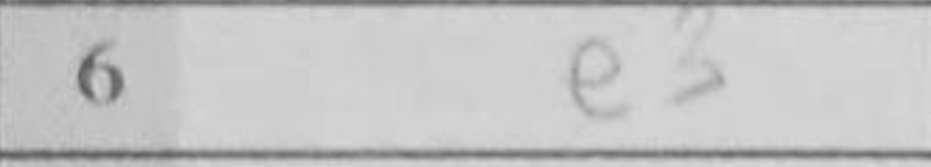
Transcription: e3